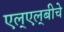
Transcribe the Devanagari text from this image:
एल्‌एल्‌बीचे